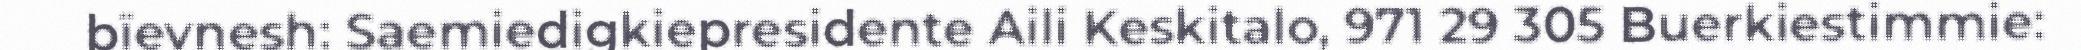
bïevnesh: Saemiedigkiepresidente Aili Keskitalo, 971 29 305 Buerkiestimmie: